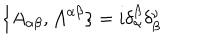
\{ A _ { \alpha \beta } , { \cal { A } } ^ { \alpha \beta } \} = i \delta _ { \alpha } ^ { \beta } \delta _ { \beta } ^ { \nu }